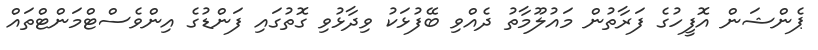
ޕެންޝަން އޮފީހުގެ ފަރާތުން މައުލޫމާތު ދެއްވި ބޭފުޅަކު ވިދާޅުވި ގޮތުގައި ފަންޑުގެ އިންވެސްޓްމަންޓްތައް